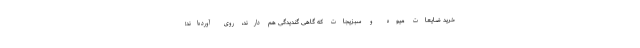
خرید ضایعات میوه و سبزیجات که گاهی گندیدگی هم دارند، روی آورده‌اند؛